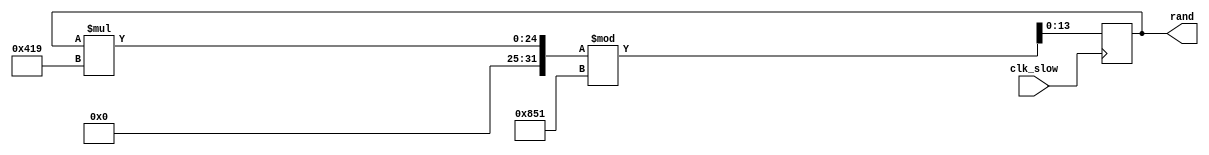
`timescale 1ns / 1ps
//////////////////////////////////////////////////////////////////////////////////
// Company: 
// Engineer: 
// 
// Design Name: 
// Module Name:    random 
// Project Name: 
// Target Devices: 
// Tool versions: 
// Description: 
//
// Dependencies: 
//
// Revision: 
// Revision 0.01 - File Created
// Additional Comments: 
//
//////////////////////////////////////////////////////////////////////////////////
module random (
	clk_slow,
	rand 
);

input clk_slow;
output reg [13:0] rand;

integer prime2 = 1049;
integer prime3 = 2129;

initial begin
	rand = 1009;
end

always @ (posedge clk_slow) begin
	rand = (rand * prime2) % prime3;
end

endmodule